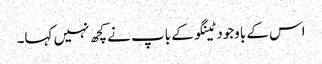
اس کے باوجود ٹینگو کے باپ نے کچھ نہیں کہا۔